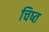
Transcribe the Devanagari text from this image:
चिष्त